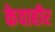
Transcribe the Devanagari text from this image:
केवाहीर